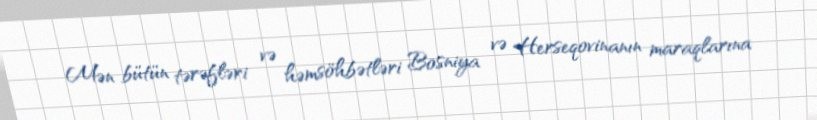
Mən bütün tərəfləri və həmsöhbətləri Bosniya və Herseqovinanın maraqlarına